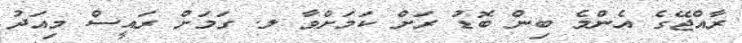
ރާއްޖޭގެ އެންމެ ބިން ބޮޑު ރަށް ކަމަށްވާ ލ. ގަމަށް ރައީސް މިއަދު